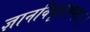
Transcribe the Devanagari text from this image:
ज्ञानविधूतपप्मा।।